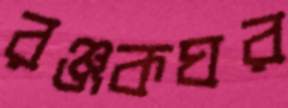
রঞ্জকঘর